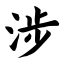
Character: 涉